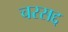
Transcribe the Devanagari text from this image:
चरसद्द